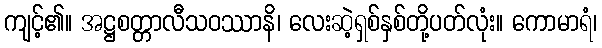
ကျင့်၏။ အဋ္ဌစတ္တာလီသဝဿာနိ၊ လေးဆဲ့ရှစ်နှစ်တို့ပတ်လုံး။ ကောမာရံ၊